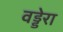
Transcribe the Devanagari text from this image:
वड्डेरा